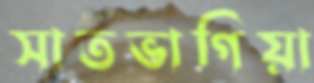
সাতভাগিয়া